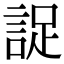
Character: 䛤